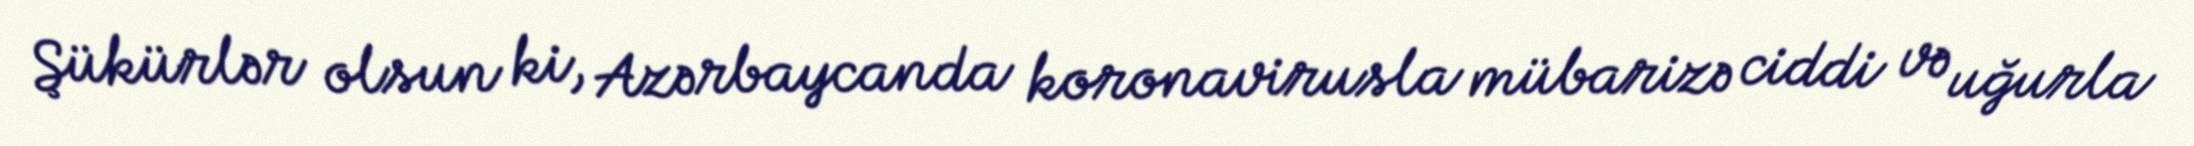
Şükürlər olsun ki, Azərbaycanda koronavirusla mübarizə ciddi və uğurla